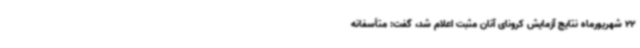
22 شهریورماه نتایج آزمایش کرونای آنان مثبت اعلام شد، گفت: متأسفانه